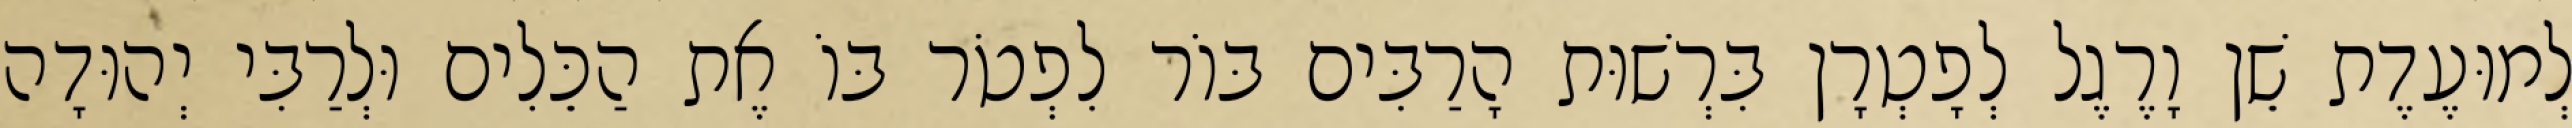
לְמוּעֶדֶת שֵׁן וָרֶגֶל לְפָטְרָן בִּרְשׁוּת הָרַבִּים בּוֹר לִפְטֹר בּוֹ אֶת הַכֵּלִים וּלְרַבִּי יְהוּדָה